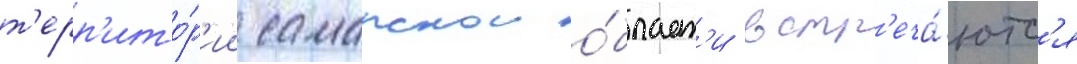
т'ерр'ито́р'ии самарскои о́бласт'и встр'еча́ютс'я